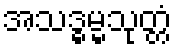
အသဒ္ဓမ္မသုတ္တံ